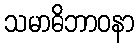
သမာဓိဘာဝနာ